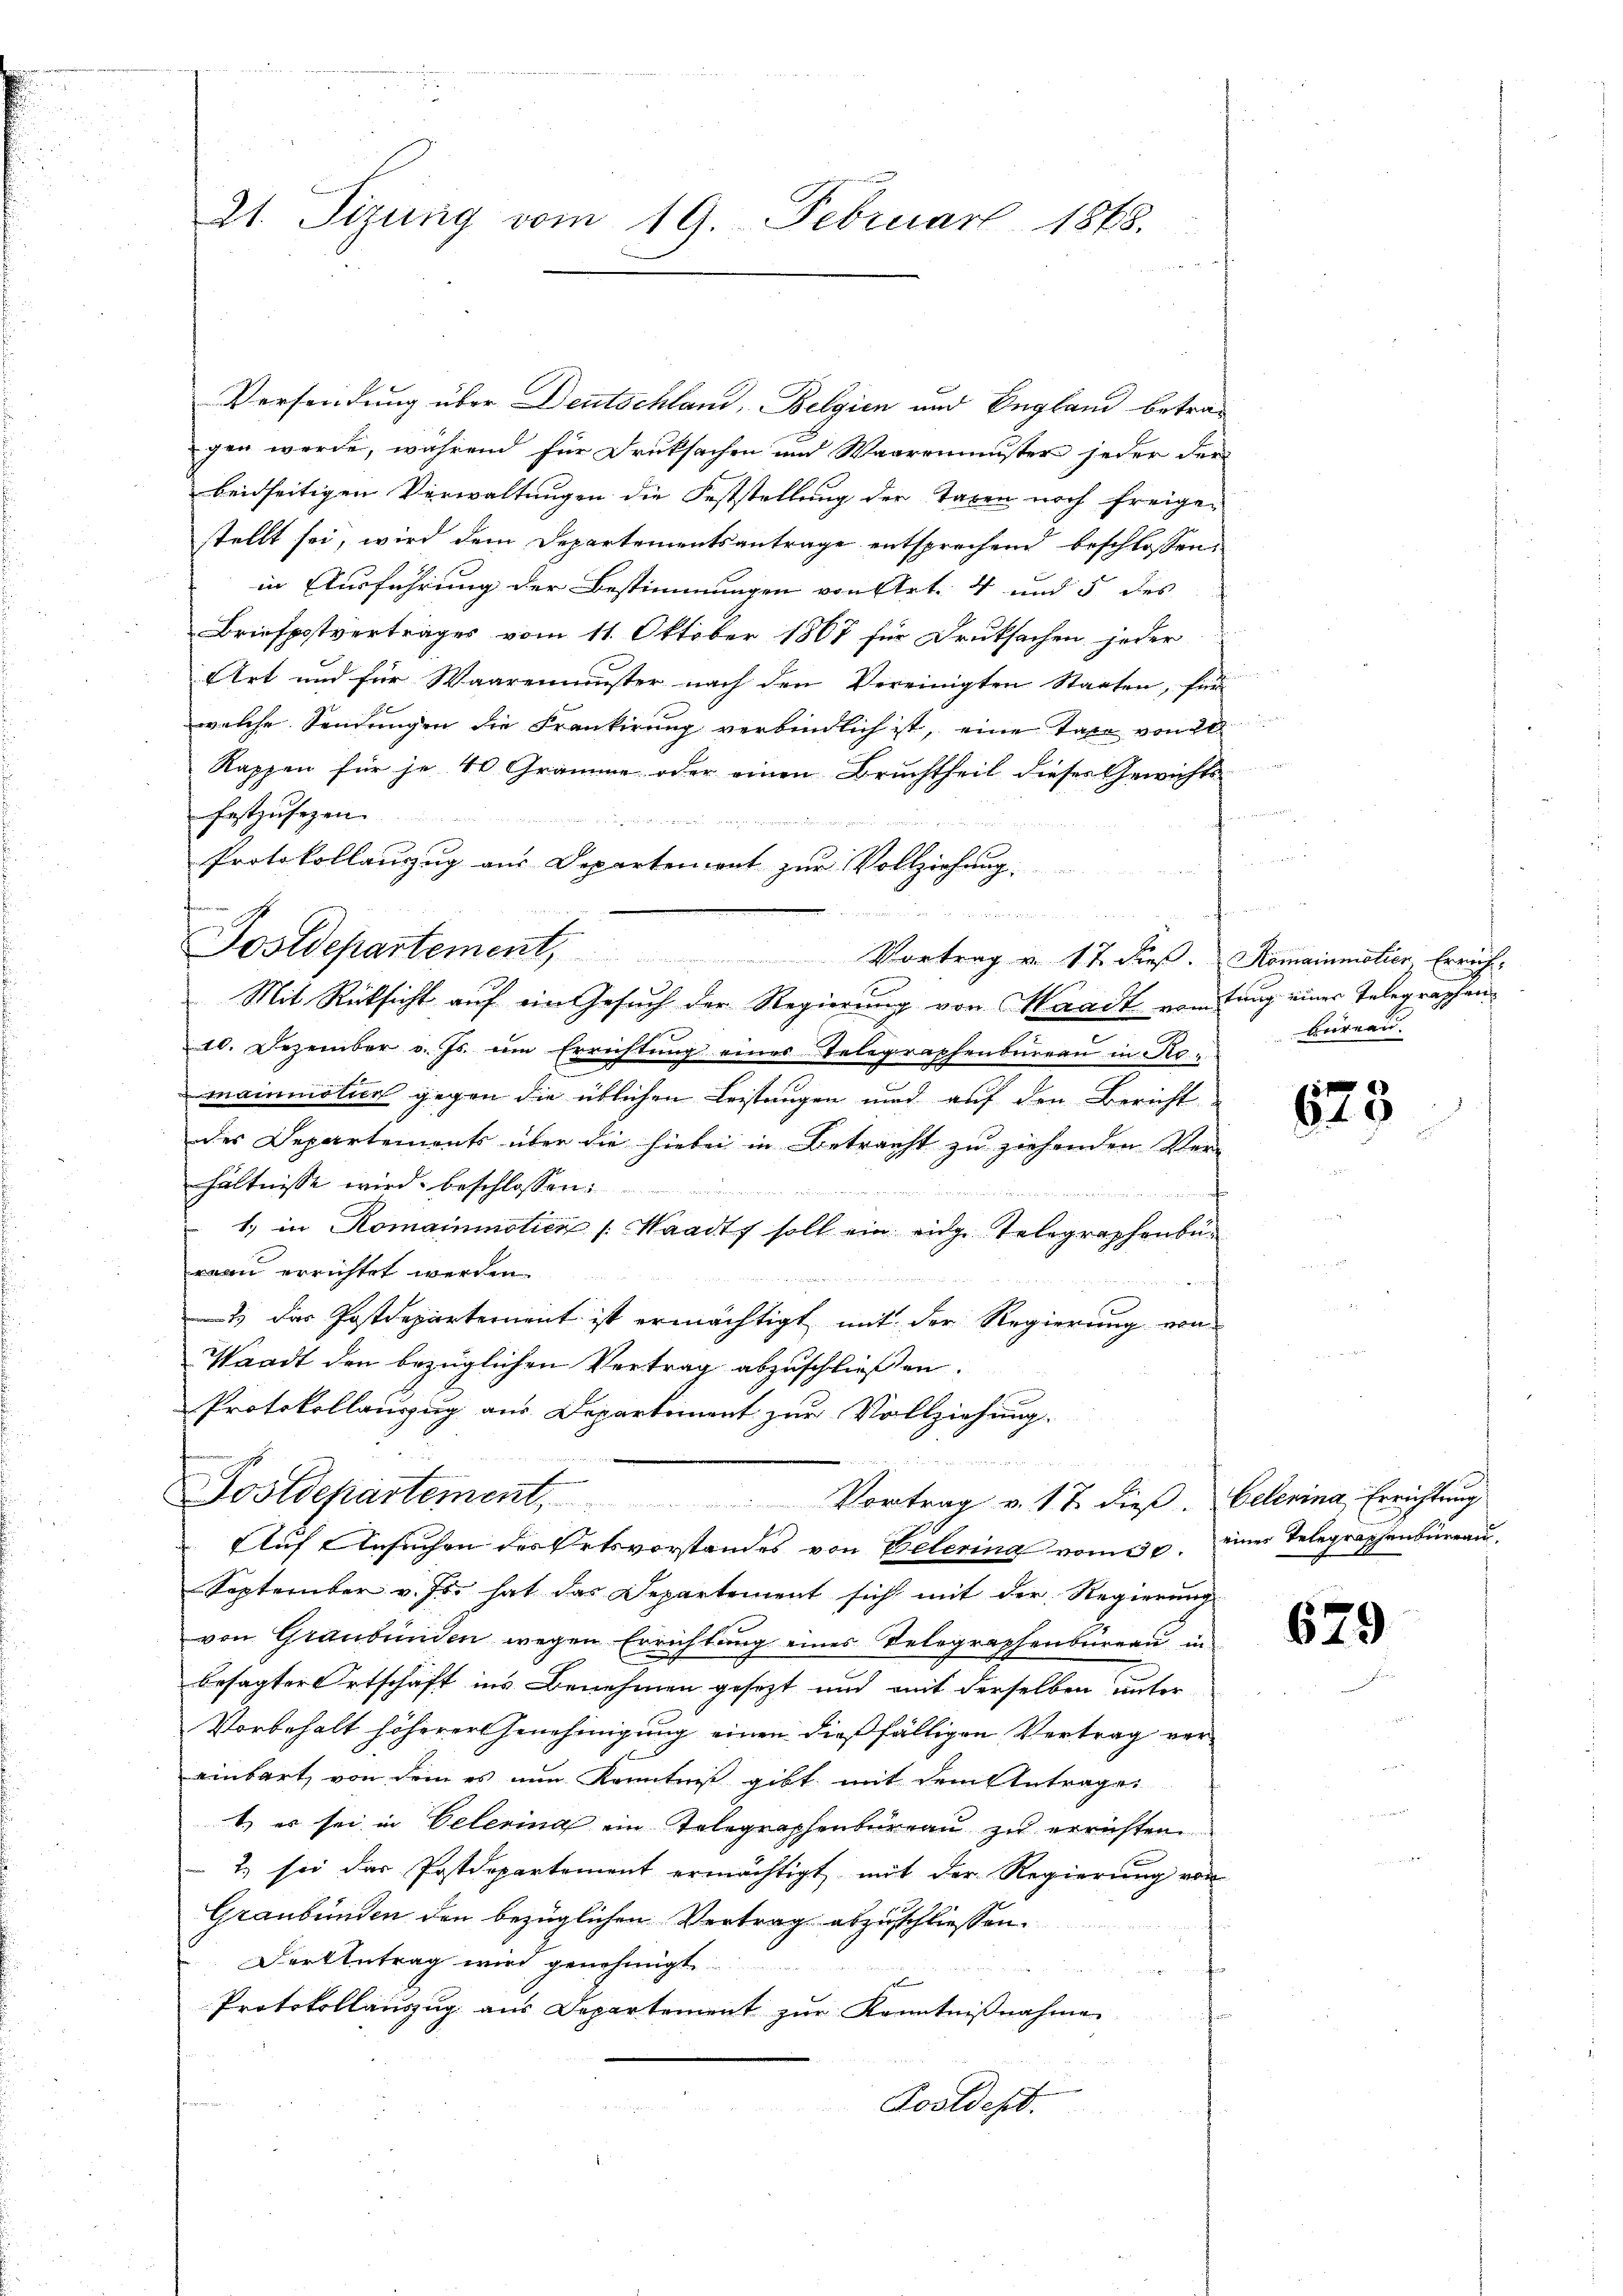
21. Sizung vom 19. Februar 1868.

Versendung über Deutschland, Belgien und England betragen werde, während für Druksachen und Waaremuster jeder der
beidseitigen Verwaltungen die Feststellung der Tagen noch freigestellt sei, wird dem Departementsantrage entsprechend beschlossen,
in Ausführung der Bestimmungen von Art. 4 und 5 des
Briefpostvertrages vom 11. Oktober 1867 für Druksachen jeder
Art und für Waarenmuster nach den Vereinigten Staaten, fin
welche Sendungen die Krankirung verbindlich ist, eine Taxe von 20.
Kappen für je 40 Gramme oder einen Bruchtheil dieses Gewichts-
festzusegen

Protokollanzug aus Departement zur Vollziehung.

Postdepartement, Vortrag u. 17. dieβ. Romainmistier, Erricht-
Mit Rücksicht auf ein Gesuch der Regierung von Waadt vom Jung einer Telegraphen¬
10. Dezember v. Js. um Errichtung eines Telegraphenbureau in Romainmötier gegen die üblichen Leistungen und auf den Bericht
des Departements über die hiebei in Betracht zu ziehenden Verhältnisse wird beschlossen:
 er der de
d den der gegen gesuchung nun auch die er ihres ein rechen
1.) in Romainmotien (Waadt soll ein eige Telegraphenberau errichtet werden
an auch den und gegen den angeschaft in
) das Postdepartement ist ermächtigt mit der Regierung von
Waadt den bezüglichen Vertrag abzuschließen.
Protokollauszug aus Departement zur Vollziehung.

2
Postdepartement. Vortrag v. 17. dieβ. Celerina, Errichtung

Auf Ansuchen des Ortsvorstandes von Belering vom 30. eines Telegraphenbüreau,
September v. fr. hat das Departement sich mit der Regierung
von Graubünden wegen Errichtung eines Telegraphenbüreau in
besagter Ortschaft ins Benehmen gesezt und mit derselben unter
Vorbehalt höhererbenehmigung einen dießfälligen Vertrag vereinbart, von dem es nun Kenntniß gibt mit dem Antrage
t, er sei in Oelerina ein Telegraphenbureau zu errichten
2) sei das Postdepartement ermächtigt mit der Regierung von
Graubünden den bezüglichen Vertrag abzuschliessen.
Der Antrag wird genehmigt.
Protokollauszug aus Departement zur Kenntniβnahme
Fooldest.

büreau.

625

679